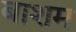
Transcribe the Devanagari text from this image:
बाशम